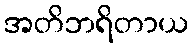
အတိဘရိတာယ